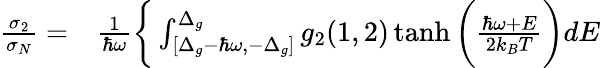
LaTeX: \begin{array}{rl}{\frac{\sigma_{2}}{\sigma_{N}}=}&{{}\frac{1}{\hbar\omega}\bigg\{ \int_{[\Delta_{g}-\hbar\omega,-\Delta_{g}]}^{\Delta_{g}}g_{2}(1,2)\operatorname{tanh}\bigg(\frac{\hbar\omega+E}{2k_{B}T}\bigg)dE}\end{array}